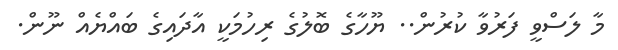
މާ ލަސްވީ ފަރުވާ ކުރުން.. ޔޫހާގެ ބޮލުގެ ރިހުމަކީ އާދައިގެ ބައްޔެއް ނޫން.